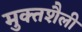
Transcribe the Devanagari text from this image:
मुक्तशैली